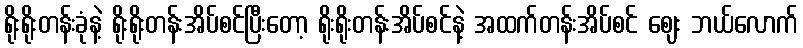
ရိုးရိုးတန်းခုံနဲ့ ရိုးရိုးတန်းအိပ်စင်ပြီးတော့ ရိုးရိုးတန်းအိပ်စင်နဲ့ အထက်တန်းအိပ်စင် ဈေး ဘယ်လောက်